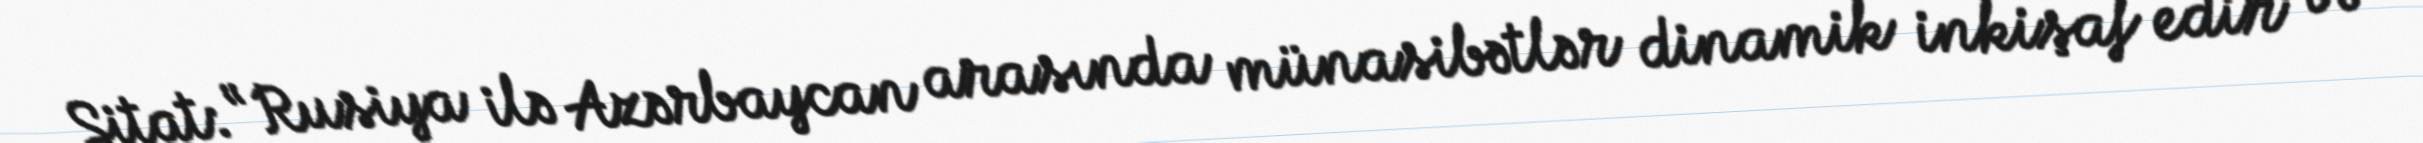
Sitat: “Rusiya ilə Azərbaycan arasında münasibətlər dinamik inkişaf edir və